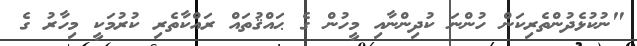
"ނުކުޅެދުންތެރިކަން ހުންނަ ކުދިންނާއި މީހުން ގެ ޙައްޤުތައް ރައްކާތެރި ކުރުމަކީ މިހާރު ގެ